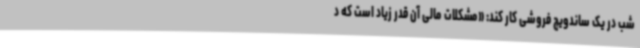
شب در یک ساندویچ فروشی کار کند: «مشکلات مالی آن قدر زیاد است که د